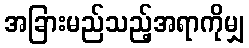
အခြားမည်သည့်အရာကိုမျှ